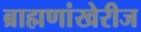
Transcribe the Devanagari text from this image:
ब्राह्मणांखेरीज